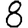
Digit: 8